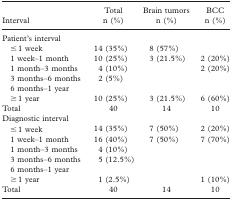
<table><thead><tr><td><b>Interval</b></td><td><b>Total n (%)</b></td><td><b>Brain tumors n (%)</b></td><td><b>BCC n (%)</b></td></tr></thead><tbody><tr><td colspan="4">Patient&#x27;s interval</td></tr><tr><td>≤ 1 week</td><td>14 (35%)</td><td>8 (57%)</td><td></td></tr><tr><td>1 week–1 month</td><td>10 (25%)</td><td>3 (21.5%)</td><td>2 (20%)</td></tr><tr><td>1 month–3 months</td><td>4 (10%)</td><td></td><td>2 (20%)</td></tr><tr><td>3 months–6 months 6 months–1 year</td><td>2 (5%)</td><td></td><td></td></tr><tr><td>≥ 1 year</td><td>10 (25%)</td><td>3 (21.5%)</td><td>6 (60%)</td></tr><tr><td>Total</td><td>40</td><td>14</td><td>10</td></tr><tr><td colspan="4">Diagnostic interval</td></tr><tr><td>≤ 1 week</td><td>14 (35%)</td><td>7 (50%)</td><td>2 (20%)</td></tr><tr><td>1 week–1 month</td><td>16 (40%)</td><td>7 (50%)</td><td>7 (70%)</td></tr><tr><td>1 month–3 months</td><td>4 (10%)</td><td></td><td></td></tr><tr><td>3 months–6 months 6 months–1 year</td><td>5 (12.5%)</td><td></td><td></td></tr><tr><td>≥ 1 year</td><td>1 (2.5%)</td><td></td><td>1 (10%)</td></tr><tr><td>Total</td><td>40</td><td>14</td><td>10</td></tr></tbody></table>